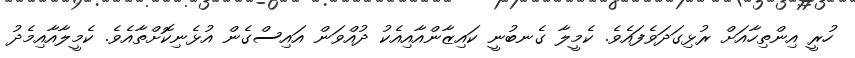
ހުރީ އިންތިހާއަށް ރުޅިގަދަވެފައެވެ. ކެމީލާ ގެނބުނީ ކައިޒާންއާއިއެކު ދުއްވަން އައިސްގެން އުޅެނިކޮށްތާއެވެ. ކެމީލާއާއިމެދު